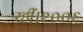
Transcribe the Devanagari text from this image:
रहीं।२००६